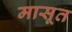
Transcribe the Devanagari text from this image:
मासूत